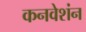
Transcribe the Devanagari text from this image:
कनवेशंन